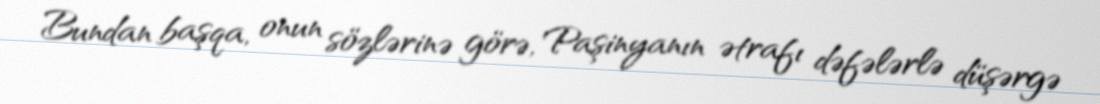
Bundan başqa, onun sözlərinə görə, Paşinyanın ətrafı dəfələrlə düşərgə